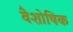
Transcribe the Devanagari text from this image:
वैशोषिक